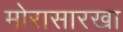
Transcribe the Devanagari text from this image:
मोरासारखा